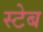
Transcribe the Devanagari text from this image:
स्टेब